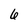
Character: 6